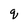
Character: q